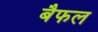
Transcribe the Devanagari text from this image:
बैफल